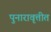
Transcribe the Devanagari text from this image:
पुनारावृत्तीत